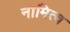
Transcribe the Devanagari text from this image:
नामित्व